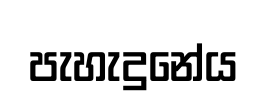
පැහැදුනේය